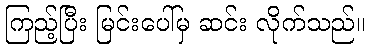
ကြည့်ပြီး မြင်းပေါ်မှ ဆင်း လိုက်သည်။